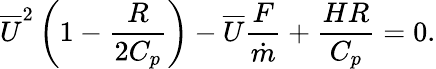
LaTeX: {\overline{{U}}}^{2}\left({1-{\frac{R}{2C_{p}}}}\right)-{\overline{{U}}}{\frac{F}{\dot{m}}}+{\frac{HR}{C_{p}}}=0.